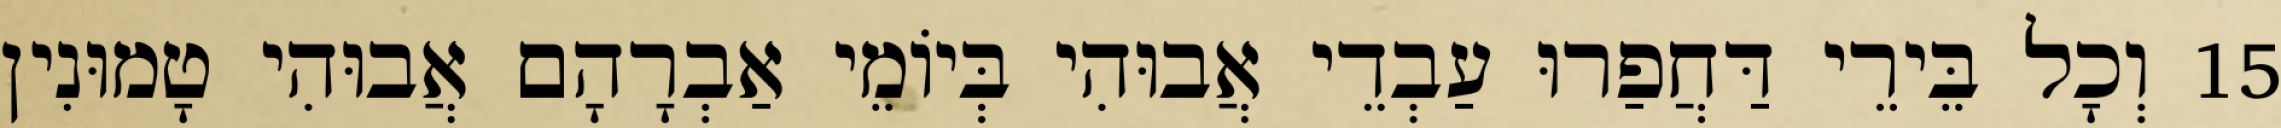
15 וְכָל בֵּירֵי דַּחֲפַרוּ עַבְדֵי אֲבוּהִי בְּיוֹמֵי אַבְרָהָם אֲבוּהִי טָמוּנִין